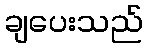
ချပေးသည်